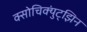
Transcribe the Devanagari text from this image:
क्सोचिक्युंट्झिन